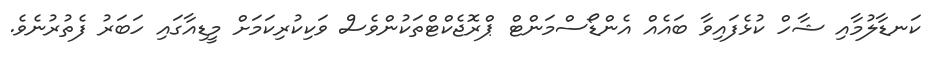
ކަނޑާލުމާއި ޝާހް ކުޅެފައިވާ ބައެއް އެންޑޯސްމަންޓް ޕްރޮޖެކްޓްތަކުންވެސް ވަކިކުރިކަމަށް މީޑިއާގައި ހަބަރު ފެތުރުނެވެ.